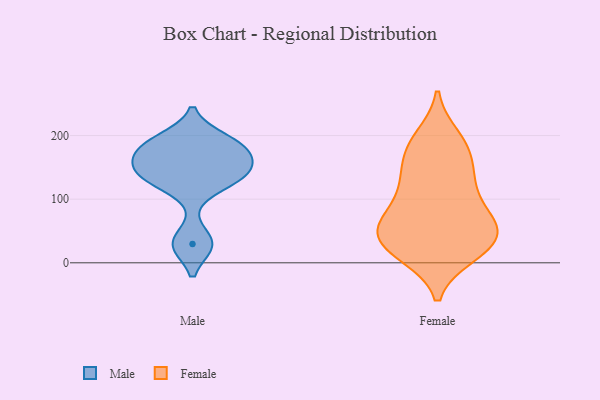
{"axis": {"x": "Shipments", "y": "Value"}, "legend": ["Female", "Male"], "data": [{"x": "", "y": 29, "type": "Male"}, {"x": "", "y": 135, "type": "Male"}, {"x": "", "y": 166, "type": "Male"}, {"x": "", "y": 186, "type": "Male"}, {"x": "", "y": 143, "type": "Male"}, {"x": "", "y": 137, "type": "Male"}, {"x": "", "y": 30, "type": "Male"}, {"x": "", "y": 165, "type": "Male"}, {"x": "", "y": 125, "type": "Male"}, {"x": "", "y": 184, "type": "Male"}, {"x": "", "y": 194, "type": "Male"}, {"x": "", "y": 65, "type": "Female"}, {"x": "", "y": 13, "type": "Female"}, {"x": "", "y": 60, "type": "Female"}, {"x": "", "y": 165, "type": "Female"}, {"x": "", "y": 15, "type": "Female"}, {"x": "", "y": 187, "type": "Female"}, {"x": "", "y": 126, "type": "Female"}, {"x": "", "y": 46, "type": "Female"}, {"x": "", "y": 63, "type": "Female"}, {"x": "", "y": 31, "type": "Female"}, {"x": "", "y": 91, "type": "Female"}, {"x": "", "y": 28, "type": "Female"}, {"x": "", "y": 186, "type": "Female"}, {"x": "", "y": 58, "type": "Female"}, {"x": "", "y": 197, "type": "Female"}, {"x": "", "y": 49, "type": "Female"}, {"x": "", "y": 142, "type": "Female"}, {"x": "", "y": 106, "type": "Female"}, {"x": "", "y": 135, "type": "Female"}, {"x": "", "y": 18, "type": "Female"}]}